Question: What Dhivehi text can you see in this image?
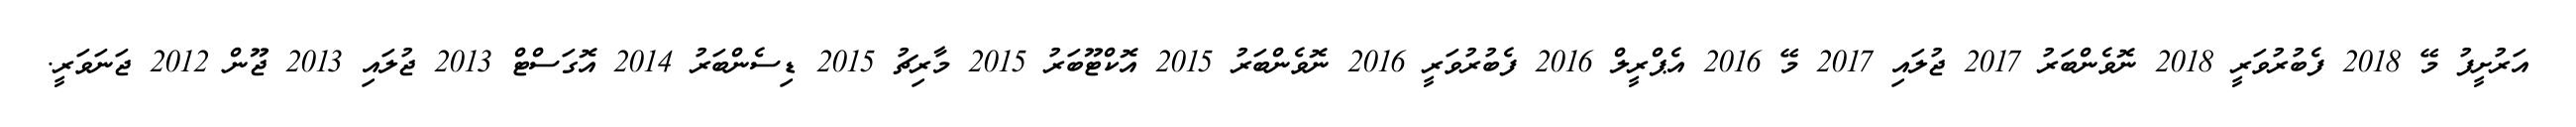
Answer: އަރުށީފު މޭ 2018 ފެބުރުވަރީ 2018 ނޮވެންބަރު 2017 ޖުލައި 2017 މޭ 2016 އެޕްރީލް 2016 ފެބުރުވަރީ 2016 ނޮވެންބަރު 2015 އޮކްޓޫބަރު 2015 މާރިޗު 2015 ޑިސެންބަރު 2014 އޮގަސްޓް 2013 ޖުލައި 2013 ޖޫން 2012 ޖަނަވަރީ.